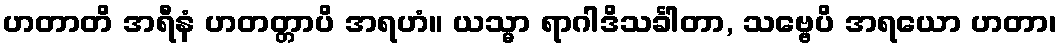
ဟတာတိ အရီနံ ဟတတ္တာပိ အရဟံ။ ယသ္မာ ရာဂါဒိသင်္ခါတာ, သဗ္ဗေပိ အရယော ဟတာ၊